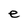
Character: e